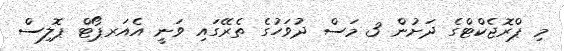
މި ޕްރޮޖެކްޓްގެ ދަށުން 3 މަސް ދުވަހުގެ ތެރޭގައި ވަނީ އެއަރޕޯޓް ޕޮލިސް